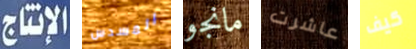
الإنتاج المسدس مانجو عاشرت كيف